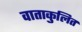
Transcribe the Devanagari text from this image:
वाताकुलित